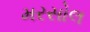
મરસોલ